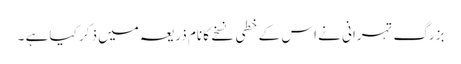
بزرگ تہرانی نے اس کے خطی نسخے کا نام ذریعہ میں ذکر کیا ہے ۔